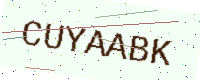
Text: CUYAABK